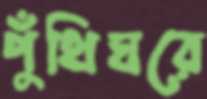
পুঁথিঘরে